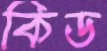
কিড